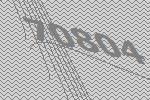
70804